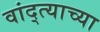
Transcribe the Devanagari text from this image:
वांद्त्‍याच्या